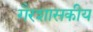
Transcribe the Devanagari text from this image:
गैरशासकीय